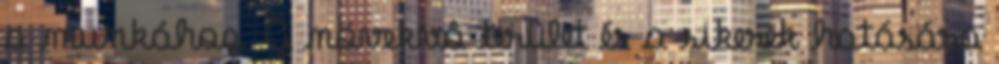
a munkához. A növekvô terület és a sikerek hatására